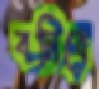
বনিবে